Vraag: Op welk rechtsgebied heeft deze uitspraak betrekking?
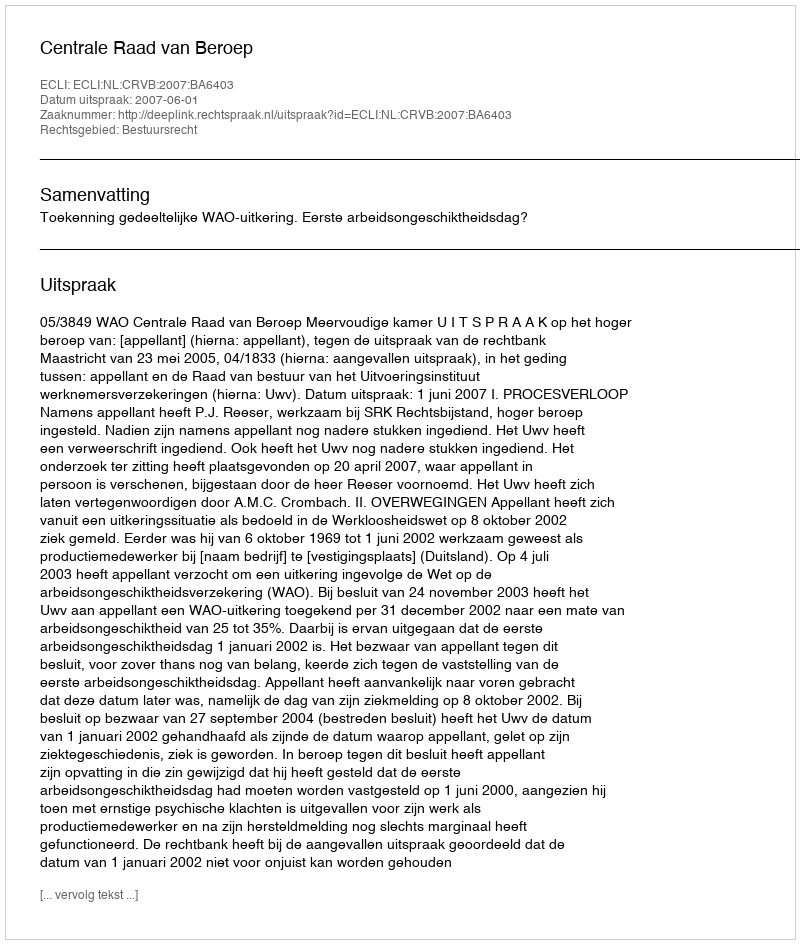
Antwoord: Bestuursrecht